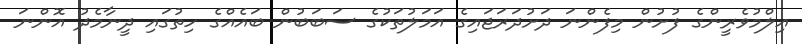
ޢިލްމުވެރީންގެ ފުށުން މިފެންނަ ދަށުދަރަޖައިގެ އަމަލުތަކުގެ ސަބަބުން ބައެއްގެ ހިތުގައި ދީނާމެދު އޮންނަ